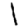
Digit: 1